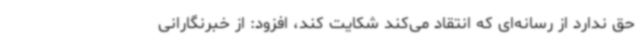
حق ندارد از رسانه‌ای که انتقاد می‌کند شکایت کند، افزود: از خبرنگارانی